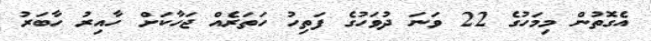
އެގޮތުން މިމަހުގެ 22 ވަނަ ދުވަހުގެ ފަތިހު ހަތަރެއް ޖަހާކަށް ހާއިރު ހާބަރު